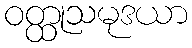
ဝတ္ထုသမုဒယာ